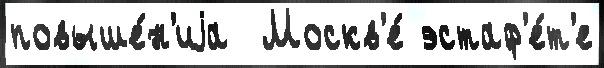
повыше́н'иjа  Москв'е́ эстаф'е́т'е